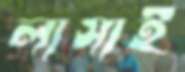
লাসাই